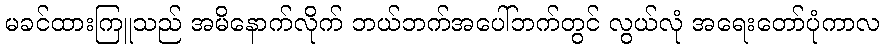
မခင်ထားကြူသည် အမိနောက်လိုက် ဘယ်ဘက်အပေါ်ဘက်တွင် လွယ်လုံ အရေးတော်ပုံကာလ